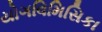
યોગવિમિસિકા